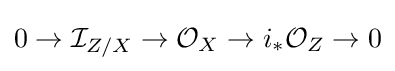
0\to {\mathcal {I}}_{Z/X}\to {\mathcal {O}}_{X}\to i_{*}{\mathcal {O}}_{Z}\to 0